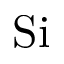
\mathrm { S i }